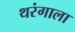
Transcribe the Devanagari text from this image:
थरंगाला